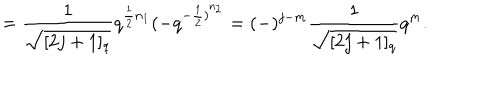
= \frac { 1 } { \sqrt { [ 2 j + 1 ] _ { q } } } q ^ { \frac { 1 } { 2 } n _ { 1 } } ( - q ^ { { - \frac { 1 } { 2 } ) } ^ { n _ { 2 } } } = ( - ) ^ { j - m } \frac { 1 } { \sqrt { [ 2 j + 1 ] _ { q } } } q ^ { m } .